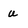
Character: u